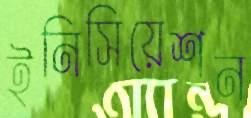
ইনিসিয়েশন